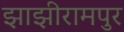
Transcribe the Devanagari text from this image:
झाझीरामपुर